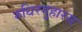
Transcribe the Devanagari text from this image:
रुधिरगुहारस